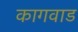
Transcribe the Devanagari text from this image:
कागवाड